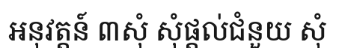
អនុវត្តន៍ ៣សុំ សុំផ្តល់ជំនួយ សុំ